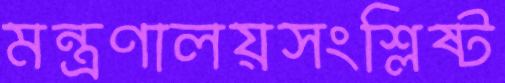
মন্ত্রণালয়সংশ্লিষ্ট